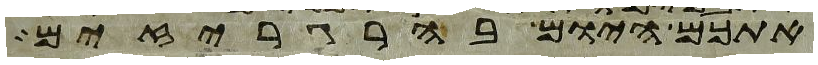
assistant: אתכם היום בהרגריזים